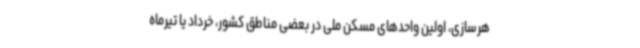
هرسازی، اولین واحدهای مسکن ملی در بعضی مناطق کشور، خرداد یا تیرماه